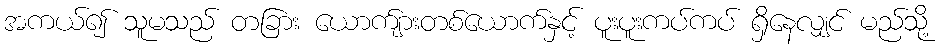
အကယ်၍ သူမသည် တခြား ယောက်ျားတစ်ယောက်နှင့် ပူးပူးကပ်ကပ် ရှိနေလျှင် မည်သို့